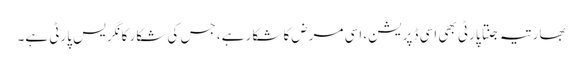
بھارتیہ جنتا پارٹی بھی اسی ڈپریشن، اسی مرض کا شکار ہے، جس کی شکار کانگریس پارٹی ہے۔